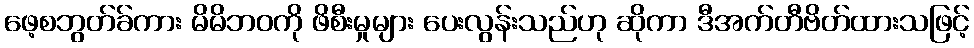
ဖေ့စဘွတ်ခ်ကား မိမိဘဝကို ဖိစီးမှုများ ပေးလွန်းသည်ဟု ဆိုကာ ဒီအက်တီဗိတ်ထားသဖြင့်